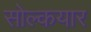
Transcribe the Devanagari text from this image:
सोल्कयार